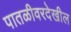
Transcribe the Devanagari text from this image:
पातळीवरदेखील